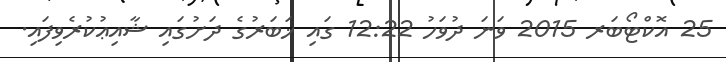
25 އޮކްޓޯބަރ 2015 ވަނަ ދުވަހު 12:22 ގައި ޚަބަރުގެ ދަށުގައި ޝާއިޢުކުރެވިފައި.